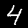
Digit: 4